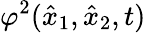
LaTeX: \varphi^{2}(\hat{x}_{1},\hat{x}_{2},t)